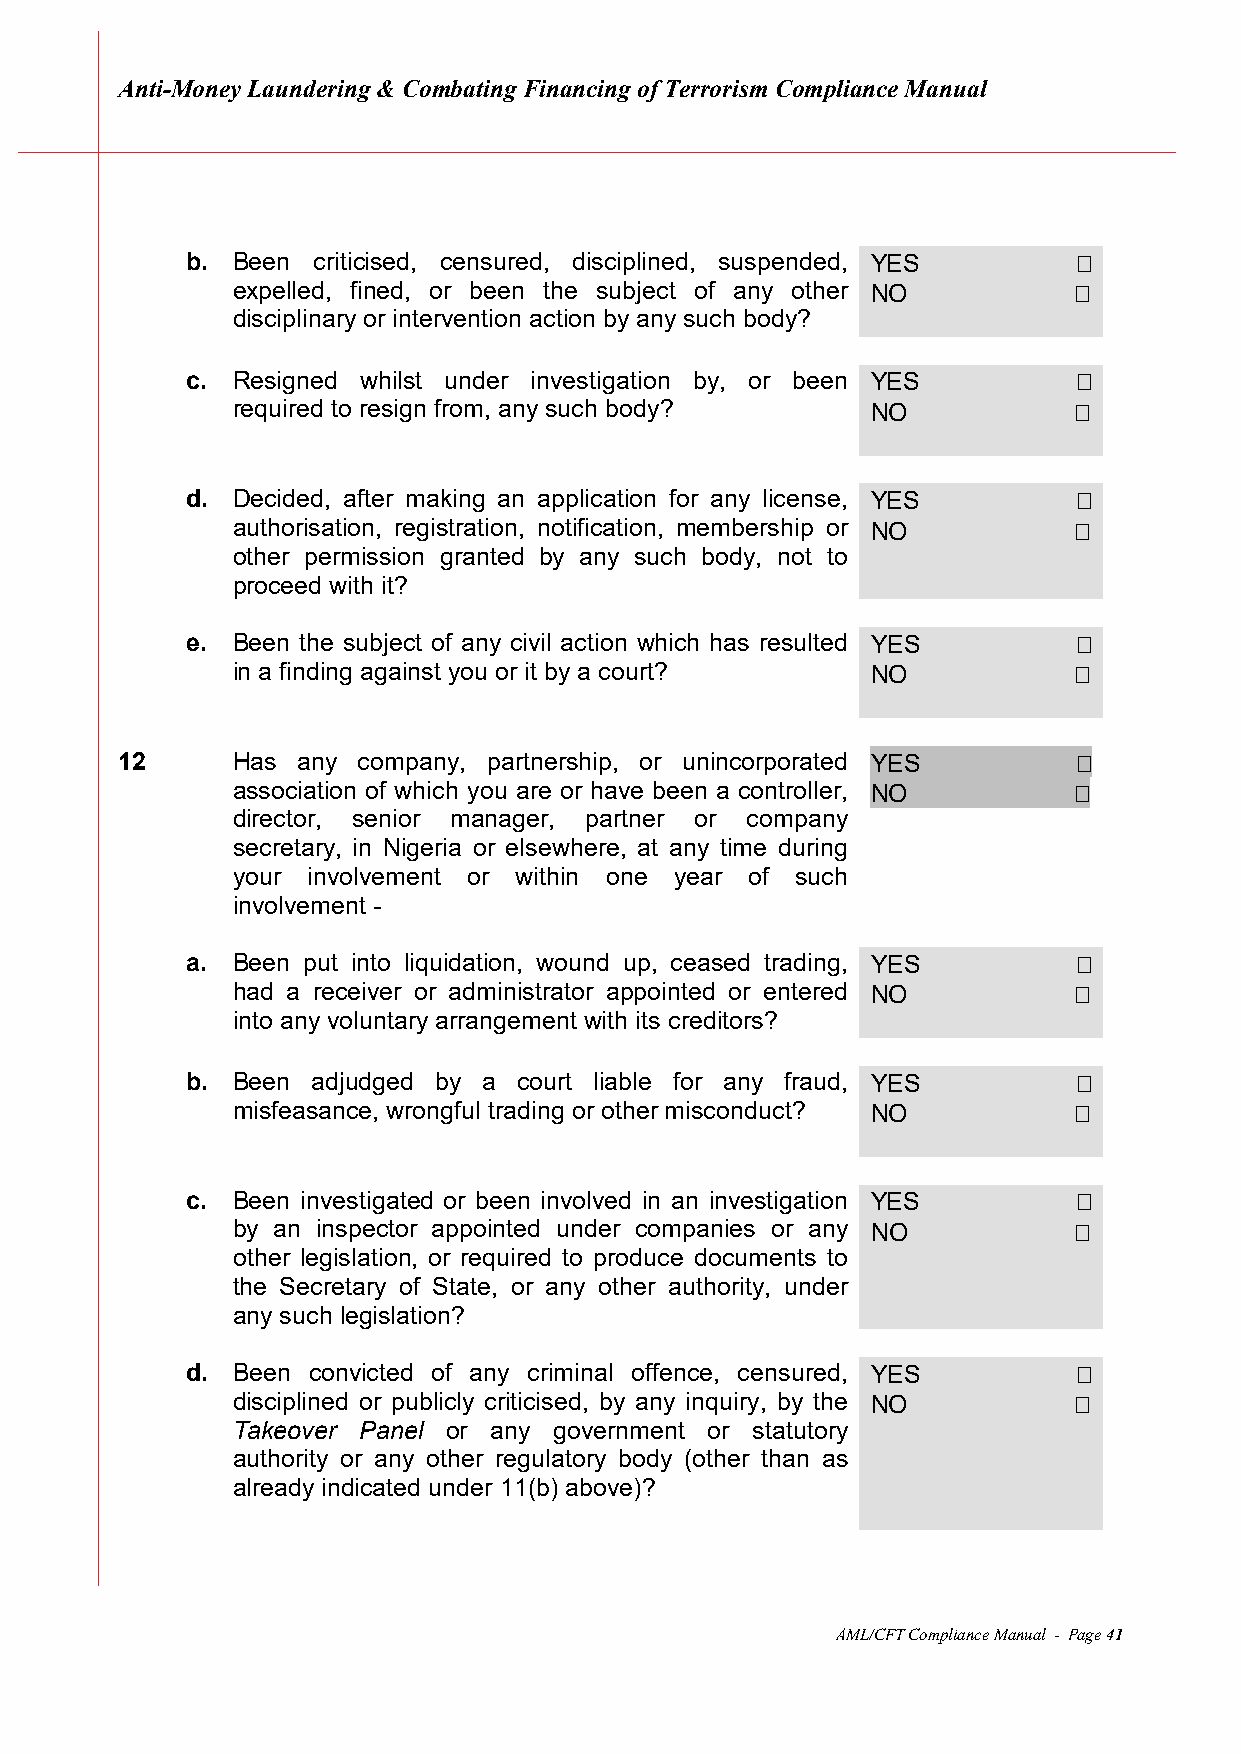
Anti-Money Laundering & Combating Financing of Terrorism Compliance Manual
 b. Been  criticised, censured, disciplined, suspended, YES
 expelled, fined, or been the subject of any other NO
 disciplinary or intervention action by any such body?
 c. Resigned whilst under investigation by, or been YES
 required to resign from, any such body?    NO
 d. Decided, after making an application for any license, YES
 authorisation, registration, notification, membership or NO
 other permission granted by any such body, not to
 proceed with it?
 e. Been the subject of any civil action which has resulted YES
 in a finding against you or it by a court? NO
 12     Has  any company, partnership, or unincorporated YES
 association of which you are or have been a controller, NO
 director, senior manager, partner or company
 secretary, in Nigeria or elsewhere, at any time during
 your involvement or within one year of such
 involvement -
 a. Been put into liquidation, wound up, ceased trading, YES
 had a receiver or administrator appointed or entered NO
 into any voluntary arrangement with its creditors?
 b. Been  adjudged by a court liable for any fraud, YES
 misfeasance, wrongful trading or other misconduct? NO
 c. Been investigated or been involved in an investigation YES
 by an inspector appointed under companies or any NO
 other legislation, or required to produce documents to
 the Secretary of State, or any other authority, under
 any such legislation?
 d. Been convicted of any criminal offence, censured, YES
 disciplined or publicly criticised, by any inquiry, by the NO
 Takeover Panel or any government or statutory
 authority or any other regulatory body (other than as
 already indicated under 11(b) above)?
 AML/CFT Compliance Manual - Page 41